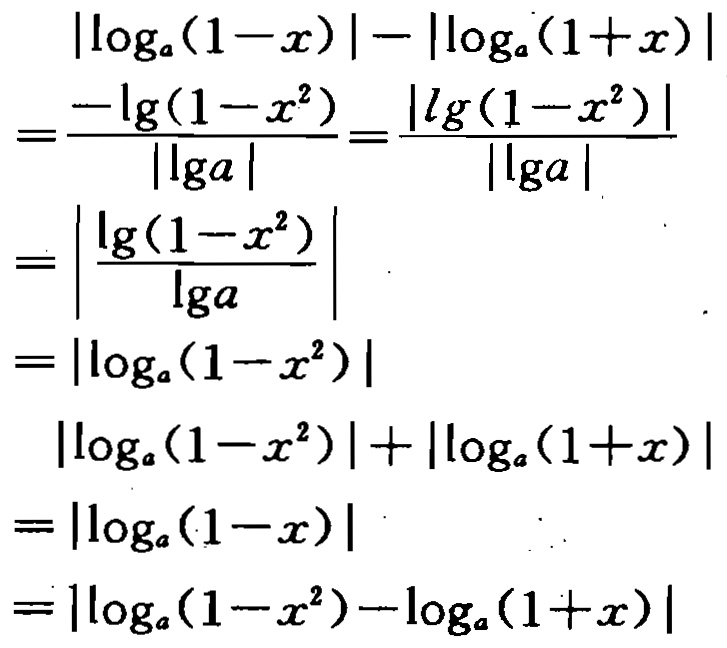
\begin{align*}
&\vert\log_{a}(1 - x)\vert-\vert\log_{a}(1 + x)\vert\\
=&\frac{-\lg(1 - x^{2})}{\vert\lg a\vert}=\frac{\vert\lg(1 - x^{2})\vert}{\vert\lg a\vert}\\
=&\left\vert\frac{\lg(1 - x^{2})}{\lg a}\right\vert\\
=&\vert\log_{a}(1 - x^{2})\vert\\
&\vert\log_{a}(1 - x^{2})\vert+\vert\log_{a}(1 + x)\vert\\
=&\vert\log_{a}(1 - x)\vert\\
=&\vert\log_{a}(1 - x^{2})-\log_{a}(1 + x)\vert
\end{align*}